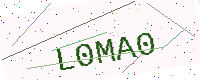
Text: L0MA0